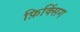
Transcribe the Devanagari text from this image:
फ़िक्सिंग